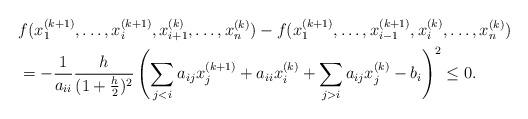
LaTeX: \begin{align*}& f(x_1^{(k+1)}, \dots, x_i^{(k+1)}, x_{i+1}^{(k)},\dots, x_n^{(k)} ) - f(x_1^{(k+1)}, \dots, x_{i-1}^{(k+1)}, x_i^{(k)},\dots, x_n^{(k)} ) \\& =-\frac{1}{a_{ii}} \frac{h}{(1+\frac{h}{2})^2}\left( \sum_{j<i} a_{ij} x_j^{(k+1)} + a_{ii} x_i^{(k)} + \sum_{j>i} a_{ij}x_j^{(k)} - b_i \right)^2 \leq 0.\end{align*}